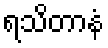
ရသိတာနံ